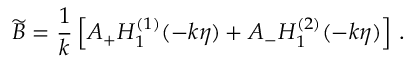
\widetilde { B } = { \frac { 1 } { k } } \left[ A _ { + } H _ { 1 } ^ { ( 1 ) } ( - k \eta ) + A _ { - } H _ { 1 } ^ { ( 2 ) } ( - k \eta ) \right] \, .